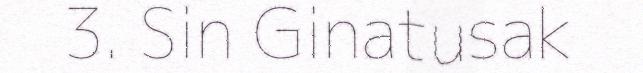
3. Sin Ginatusak